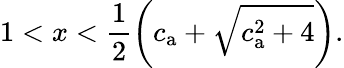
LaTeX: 1<x<\frac{1}{2}\left(c_{\mathrm{a}}+\sqrt{c_{\mathrm{a}}^{2}+4}\right).